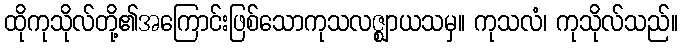
ထိုကုသိုလ်တို့၏အကြောင်းဖြစ်သောကုသလဇ္ဈာယသမှ။ ကုသလံ၊ ကုသိုလ်သည်။